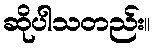
ဆိုပါသတည်း။